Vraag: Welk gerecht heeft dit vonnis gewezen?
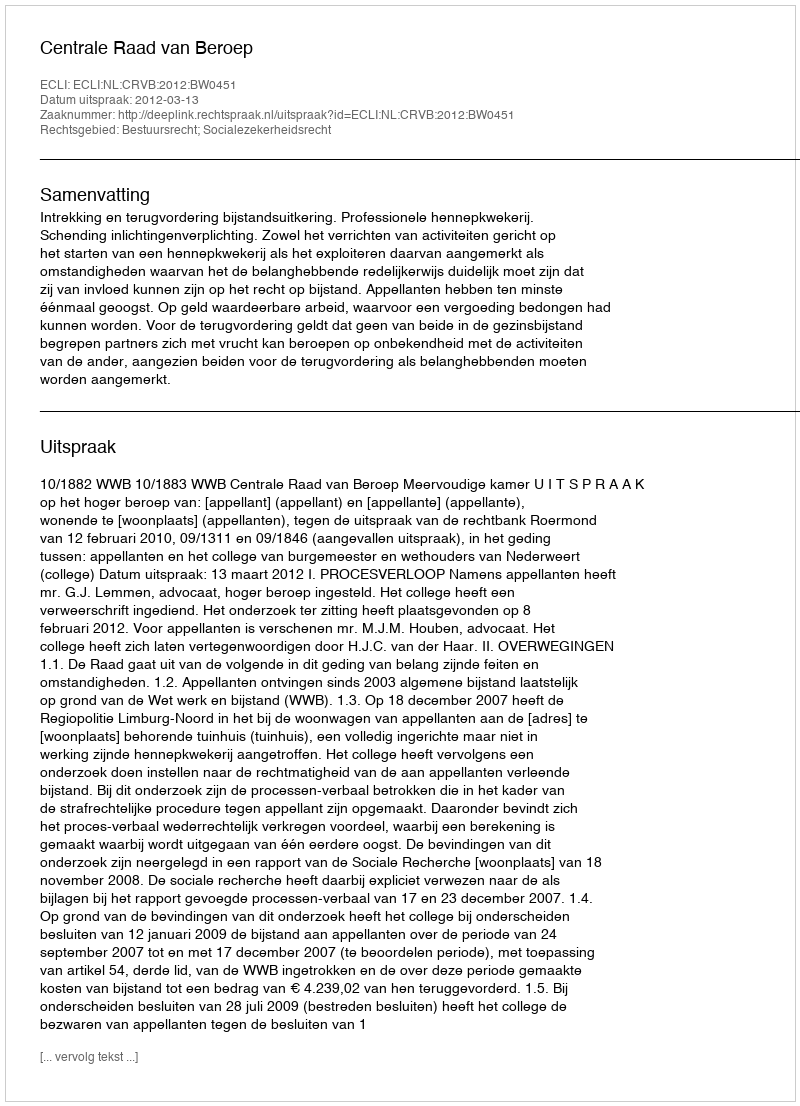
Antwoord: Centrale Raad van Beroep